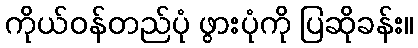
ကိုယ်ဝန်တည်ပုံ ဖွားပုံကို ပြဆိုခန်း။